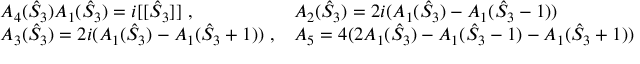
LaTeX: \begin{array} { l l } { { A _ { 4 } ( \hat { S } _ { 3 } ) A _ { 1 } ( \hat { S } _ { 3 } ) = i [ [ \hat { S } _ { 3 } ] ] ~ , ~ ~ ~ ~ ~ ~ ~ } } & { { A _ { 2 } ( \hat { S } _ { 3 } ) = 2 i ( A _ { 1 } ( \hat { S } _ { 3 } ) - A _ { 1 } ( \hat { S } _ { 3 } - 1 ) ) } } \\ { { A _ { 3 } ( \hat { S } _ { 3 } ) = 2 i ( A _ { 1 } ( \hat { S } _ { 3 } ) - A _ { 1 } ( \hat { S } _ { 3 } + 1 ) ) ~ , } } & { { A _ { 5 } = 4 ( 2 A _ { 1 } ( \hat { S } _ { 3 } ) - A _ { 1 } ( \hat { S } _ { 3 } - 1 ) - A _ { 1 } ( \hat { S } _ { 3 } + 1 ) ) ~ . } } \end{array}